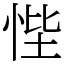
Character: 悂